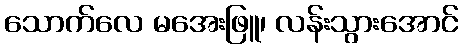
သောက်လေ မအေးဖြူ၊ လန်းသွားအောင်